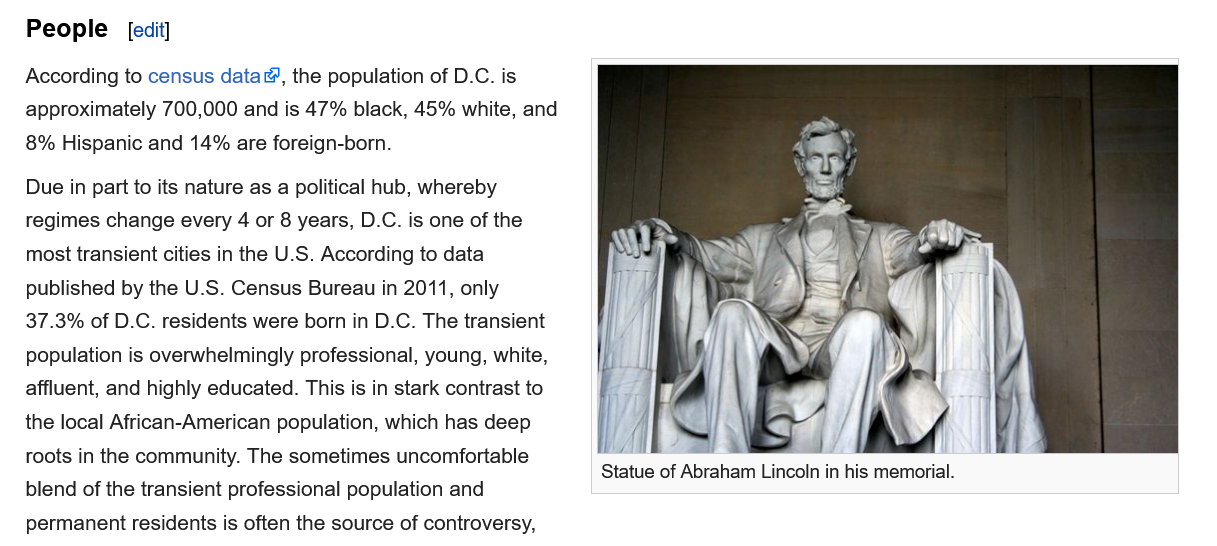
People    edit
   According to census data®, the population of D.C. is
   approximately 700,000 and is 47% black, 45% white, and
   8%  Hispanic and 14% are foreign-born.
   Due in part to its nature as a political hub, whereby
   regimes change every 4 or 8 years, D.C. is one of the
   most transient cities in the U.S. According to data
   published by the U.S. Census Bureau in 2011, only
   37.3% of D.C. residents were born in D.C. The transient
   population is overwhelmingly professional, young, white,
   affluent, and highly educated. This is in stark contrast to
   the local African-American population, which has deep
   roots in the community. The sometimes uncomfortable
   blend of the transient professional population and
   permanent residents is often the source of controversy,
     Statue of Abraham Lincoln in his memorial.